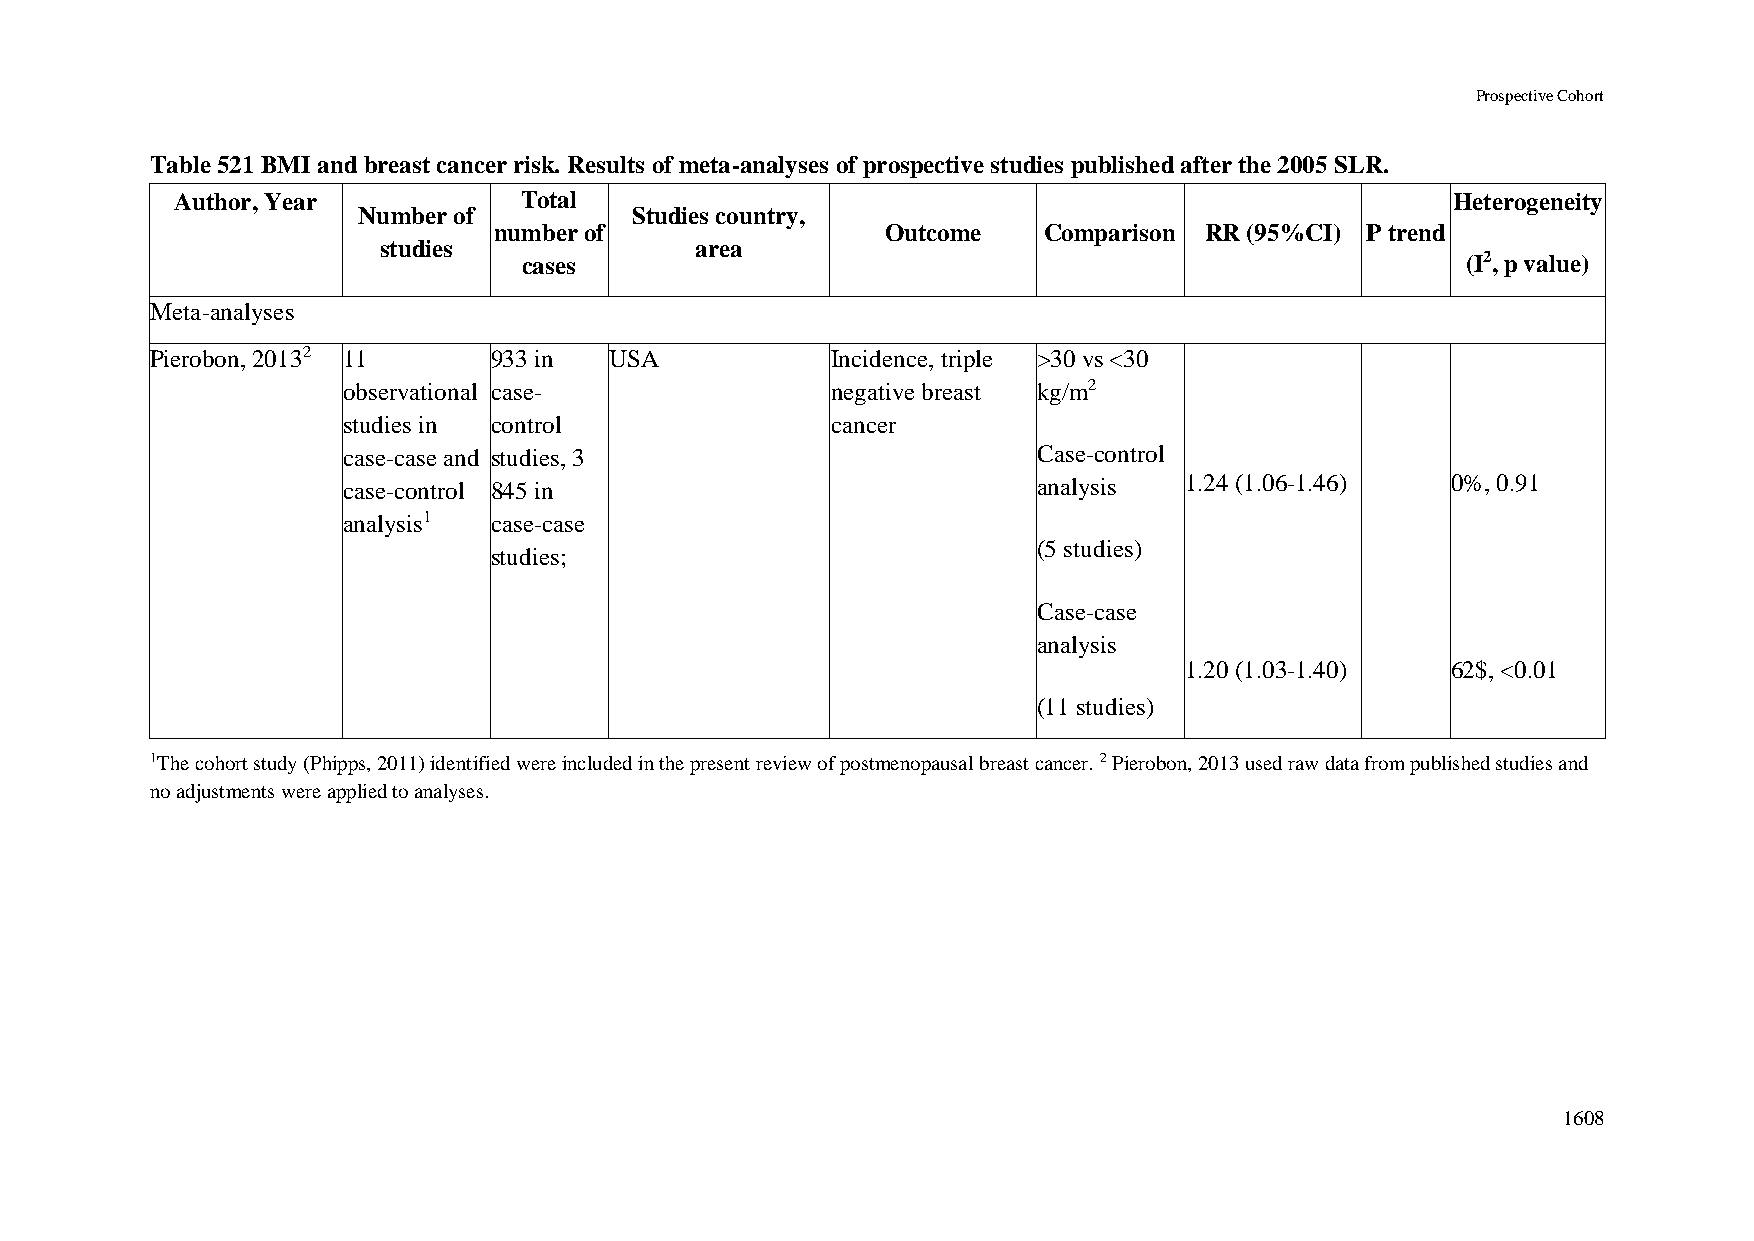
Prospective Cohort
 Table 521 BMI and breast cancer risk. Results of meta-analyses of prospective studies published after the 2005 SLR.
 Author, Year          Total                                                         Heterogeneity
 Number of         Studies country,
 number of                 Outcome   Comparison RR (95%CI) P trend
 studies              area
 cases                                                         (I2, p value)
 Meta-analyses
 Pierobon, 20132 11    933 in  USA            Incidence, triple >30 vs <30
 observational case-             negative breast kg/m2
 studies in control              cancer
 case-case and studies, 3                      Case-control
 case-control 845 in                           analysis 1.24 (1.06-1.46)  0%, 0.91
 analysis1 case-case
 (5 studies)
 studies;
 Case-case
 analysis
 1.20 (1.03-1.40)  62$, <0.01
 (11 studies)
 1The cohort study (Phipps, 2011) identified were included in the present review of postmenopausal breast cancer. 2 Pierobon, 2013 used raw data from published studies and
 no adjustments were applied to analyses.
 1608